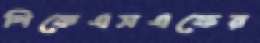
পিকেএসএফের